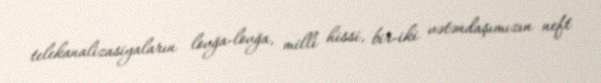
telekanalizasiyaların lovğa-lovğa, milli hissi, bir-iki vətəndaşımızın neft